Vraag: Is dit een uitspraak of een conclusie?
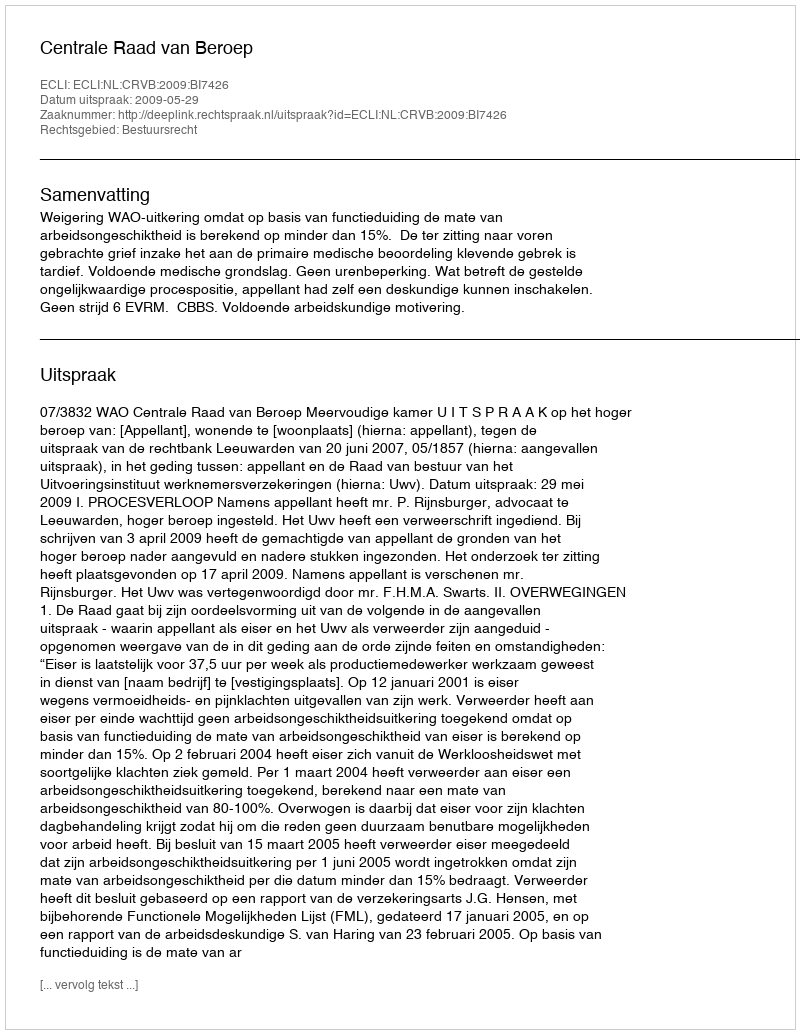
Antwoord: Uitspraak